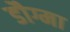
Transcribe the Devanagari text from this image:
डौग्मा